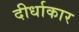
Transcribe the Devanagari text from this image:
दीर्धाकार